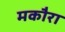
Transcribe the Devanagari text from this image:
मकौरा